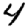
Digit: 4